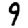
Digit: 9